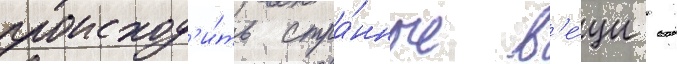
происход'и́ть стра́нные в'е́щи -